Civil Veterinary Dept. Assam report 1927-50 - 1927-1950
Year: 1927
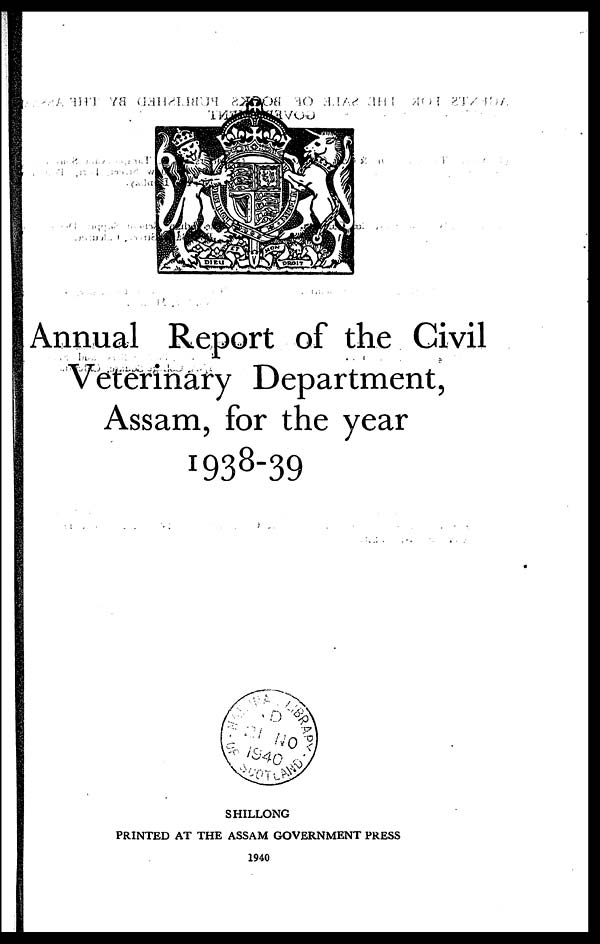
Annual Report of the Civil
Veterinary Department,
Assam, for the year
1938-39
SHILLONG
PRINTED AT THE ASSAM GOVERNMENT PRESS
1940